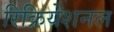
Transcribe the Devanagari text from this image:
रिक्रियेशनल